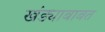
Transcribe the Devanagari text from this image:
खंड्याबाबत